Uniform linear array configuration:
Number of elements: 12
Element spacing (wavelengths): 1
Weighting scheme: kaiser
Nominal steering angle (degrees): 30
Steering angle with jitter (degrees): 29.8
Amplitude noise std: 0.05
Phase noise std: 0.05

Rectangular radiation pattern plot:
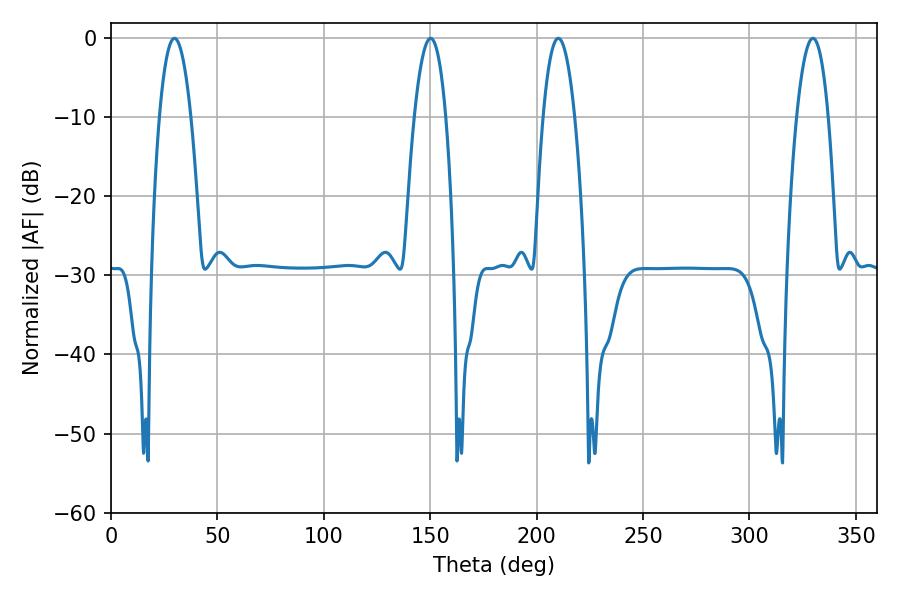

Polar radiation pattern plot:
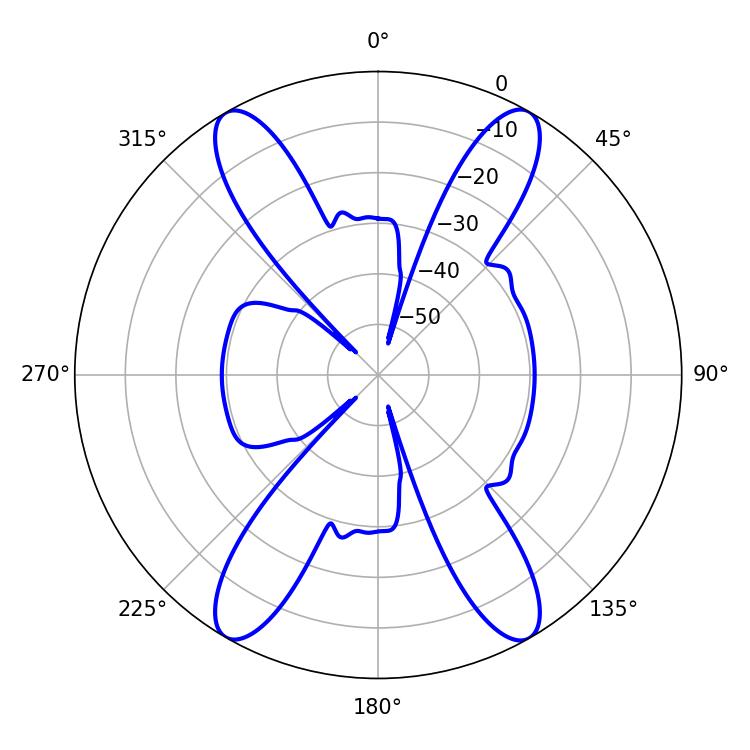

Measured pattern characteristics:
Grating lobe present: TRUE
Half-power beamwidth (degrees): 8.28
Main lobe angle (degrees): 210.24